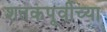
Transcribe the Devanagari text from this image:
शतकपूर्वीच्या